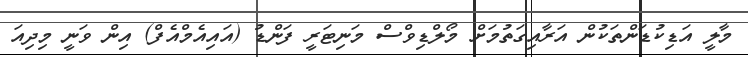
މާލީ އަޑިކުޑަންތަކުން އަރާއިގަތުމަށް މޯލްޑިވްސް މަނިޓަރީ ފަންޑު (އައިއެމްއެފް) އިން ވަނީ މިދިއަ